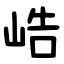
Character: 峼